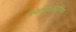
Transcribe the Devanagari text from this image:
स्फेरोकाइटोसिस